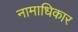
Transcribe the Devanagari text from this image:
नामाधिकार